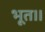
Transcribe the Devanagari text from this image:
भूत।।